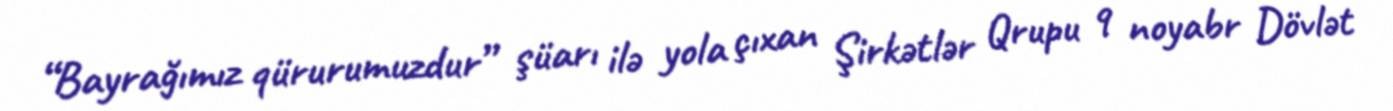
“Bayrağımız qürurumuzdur” şüarı ilə yola çıxan Şirkətlər Qrupu 9 noyabr Dövlət